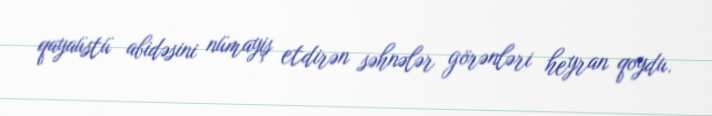
qayaüstü abidəsini nümayiş etdirən səhnələr görənləri heyran qoydu.